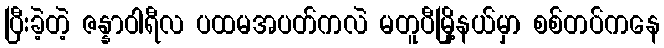
ပြီးခဲ့တဲ့ ဇန္နာဝါရီလ ပထမအပတ်ကလဲ မတူပီမြို့နယ်မှာ စစ်တပ်ကနေ